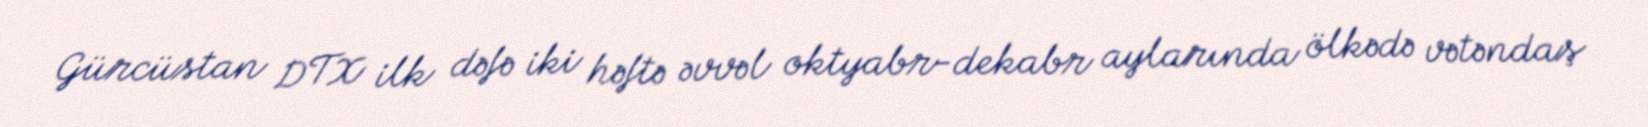
Gürcüstan DTX ilk dəfə iki həftə əvvəl oktyabr-dekabr aylarında ölkədə vətəndaş